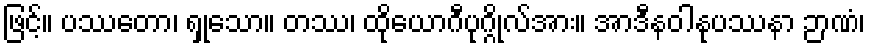
ဖြင့်။ ပဿတော၊ ရှုသော။ တဿ၊ ထိုယောဂီပုဂ္ဂိုလ်အား။ အာဒီနဝါနုပဿနာ ဉာဏံ၊